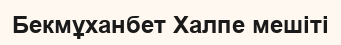
Бекмұханбет Халпе мешіті